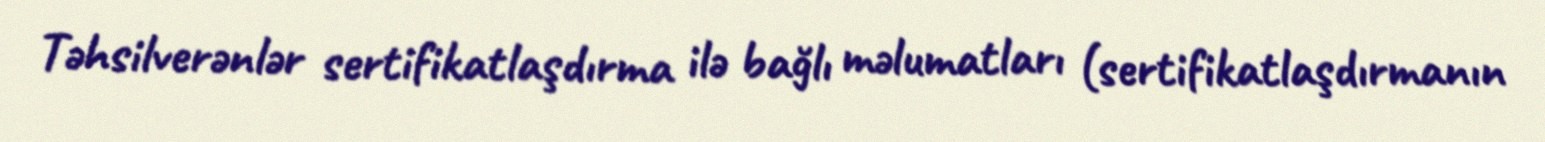
Təhsilverənlər sertifikatlaşdırma ilə bağlı məlumatları (sertifikatlaşdırmanın